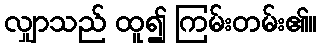
လျှာသည် ထူ၍ ကြမ်းတမ်း၏။